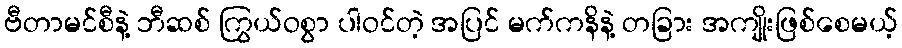
ဗီတာမင်စီနဲ့ ဘီဆစ် ကြွယ်ဝစွာ ပါဝင်တဲ့ အပြင် မက်ကနိနဲ့ တခြား အကျိုးဖြစ်စေမယ့်